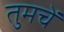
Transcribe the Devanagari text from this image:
तुमचें